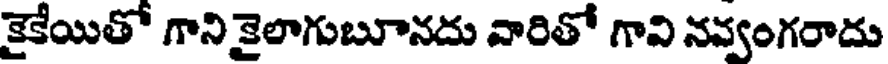
కైకేయితో గాని కైలాగుబూనదు వారితో గావి నవ్వంగరాదు